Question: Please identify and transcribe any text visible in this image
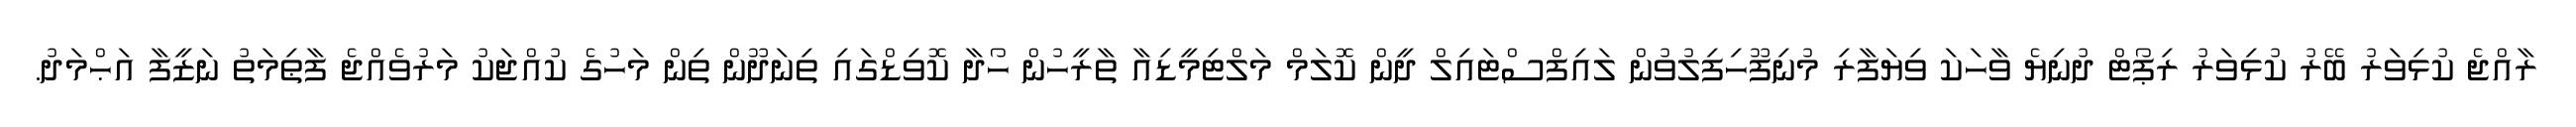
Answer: ރާއްޖެ ކުޅިވަރު ބޭރު ކުޅިވަރު ރިޕޯޓް ދުނިޔެ ވާހަކަ ވިޔަފާރި މުނިފޫހިފިލުވުން ލައިފްސްޓައިލް ދީން ކޮލަމް މަލްޓިމީޑިއާ ތާރީހުން ހޯދާ ކޮވިޑްގައި ތިނަދޫން ތިން މަހުގެ ކުއްޖަކު މަރުވެއްޖެ ފާޠިމަތު ނަޒީފާ އަޙްމަދު.